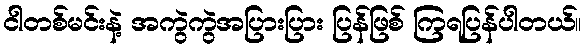
ငါတစ်မင်းနဲ့ အကွဲကွဲအပြားပြား ပြန်ဖြစ် ကြရပြန်ပါတယ်။